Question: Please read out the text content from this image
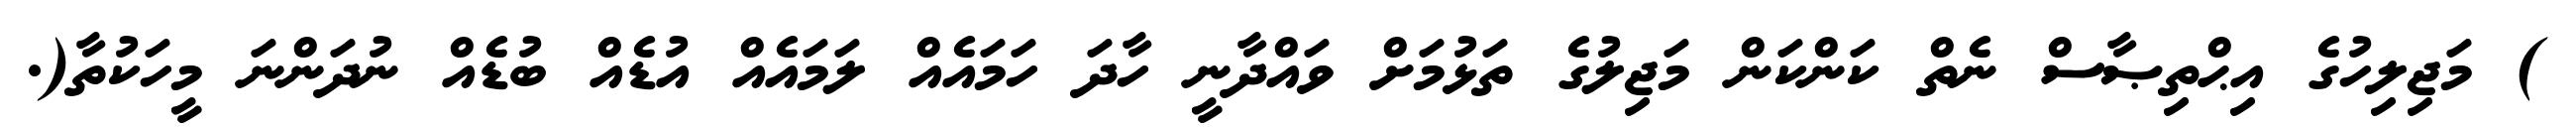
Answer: ) މަޖިލިހުގެ އިޙްތިޞާސް ނެތް ކަންކަން މަޖިލުގެ ތަޅުމަށް ވައްދާނީ ހާދަ ހަމައެއް ލަމައެއް އުޑެއް ބުޑެއް ނުދަންނަ މީހަކުތާ(.